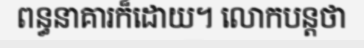
ពន្ធនាគារក៏ដោយ។ លោកបន្តថា